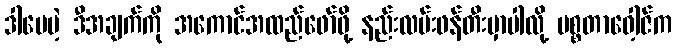
ဒါပေမဲ့ ဒီအချက်ကို အကောင်အထည်ဖော်ဖို့ နည်းလမ်းဖန်တီးမှာပါလို့ မစ္စတာဝေါ့ဇ်က